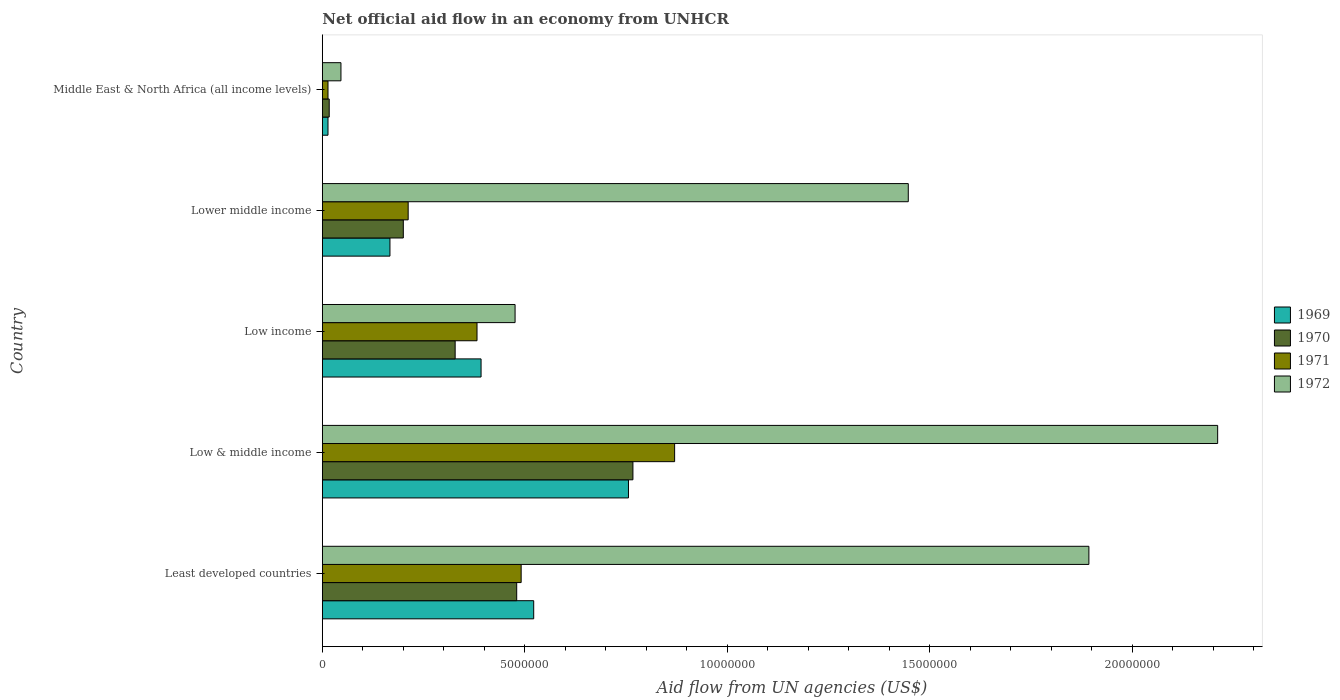
| Country | 1969 | 1970 | 1971 | 1972 |
 | --- | --- | --- | --- | --- |
 | Least developed countries | 5.22e+06 | 4.8e+06 | 4.91e+06 | 1.89e+07 |
 | Low & middle income | 7.56e+06 | 7.67e+06 | 8.7e+06 | 2.21e+07 |
 | Low income | 3.92e+06 | 3.28e+06 | 3.82e+06 | 4.76e+06 |
 | Lower middle income | 1.67e+06 | 2e+06 | 2.12e+06 | 1.45e+07 |
 | Middle East & North Africa (all income levels) | 1.4e+05 | 1.7e+05 | 1.4e+05 | 4.6e+05 |